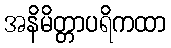
အနိမိတ္တာပရိကထာ